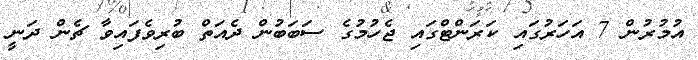
އުމުރުން 7 އަހަރުގައި ކަރަންޓްގައި ޖެހުމުގެ ސަބަބުން ދެއަތް ބުރިވެފައިވާ ޗެން ދަނީ